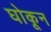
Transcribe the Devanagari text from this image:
घोकून